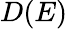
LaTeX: D(E)